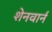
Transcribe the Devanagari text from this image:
शेनवार्न